Civil Veterinary Department Bengal reports 1933-51 - 1933-1951
Year: 1933
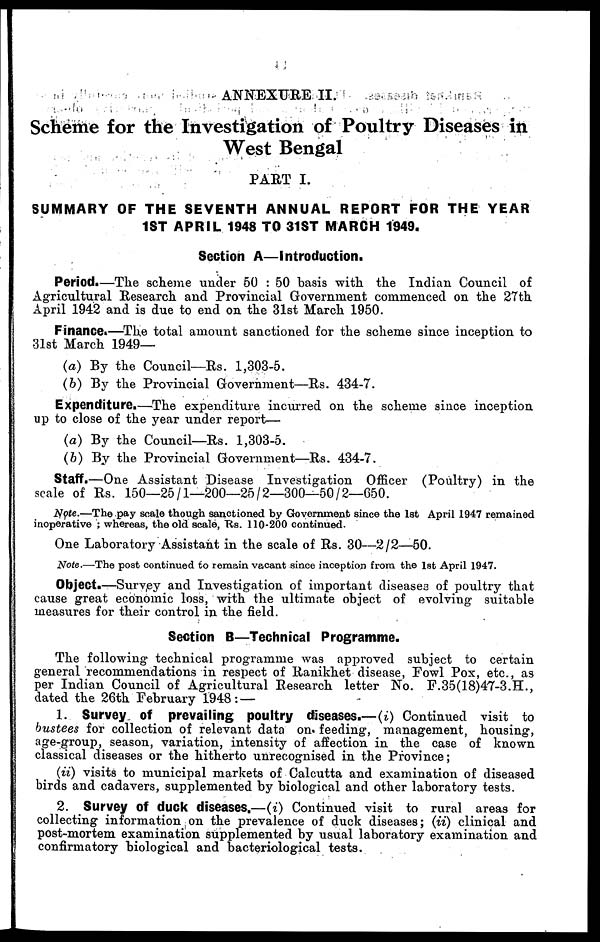
ANNEXURE II.
Scheme for the Investigation of Poultry Diseases in
West Bengal
PART I.
SUMMARY OF THE SEVENTH ANNUAL REPORT FOR THE YEAR
1ST APRIL 1948 TO 31ST MARCH 1949.
Section A—Introduction.
Period.—The scheme under 50 : 50 basis with the Indian Council of
Agricultural Research and Provincial Government commenced on the 27th
April 1942 and is due to end on the 31st March 1950.
Finance.—The total amount sanctioned for the scheme since inception to
31st March 1949—
(a) By the Council—Rs. 1,303-5.
(b) By the Provincial Government—Rs. 434-7.
Expenditure.—The expenditure incurred on the scheme since inception
up to close of the year under report—
(a) By the Council—Rs. 1,303-5.
(6) By the Provincial Government—Rs. 434-7.
Staff.—One Assistant Disease Investigation Officer (Poultry) in the
scale of Rs. 150—25/1—200—25/2—300—50/2—650.
Note.—The pay scale though sanctioned by Government since the 1st April 1947 remained
inoperative ; whereas, the old scale, Rs. 110-200 continued.
One Laboratory Assistant in the scale of Rs. 30—2/2—50.
Note.—The post continued to remain vacant since inception from the 1st April 1947.
Object.—Survey and Investigation of important diseases of poultry that
cause great economic loss, with the ultimate object of evolving suitable
measures for their control in the field.
Section B—Technical Programme.
The following technical programme was approved subject to certain
general recommendations in respect of Ranikhet disease, Fowl Pox, etc., as
per Indian Council of Agricultural Research letter No. F.35(18)47-3.H.,
dated the 26th February 1948 : —
1. Survey of prevailing poultry diseases.—(i) Continued visit to
bustees for collection of relevant data on. feeding, management, housing,
age-group, season, variation, intensity of affection in the case of known
classical diseases or the hitherto unrecognised in the Province;
(ii) visits to municipal markets of Calcutta and examination of diseased
birds and cadavers, supplemented by biological and other laboratory tests.
2. Survey of duck diseases.—(i) Continued visit to rural areas for
collecting information on the prevalence of duck diseases; (ii) clinical and
post-mortem examination supplemented by usual laboratory examination and
confirmatory biological and bacteriological tests.